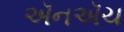
ઍનઍચ